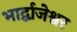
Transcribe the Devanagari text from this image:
भार्द्वाजेश्वर